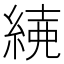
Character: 𦁱